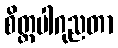
စိတ္တပါဂုညတာ